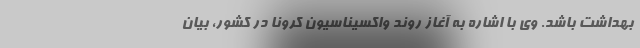
بهداشت باشد. وی با اشاره به آغاز روند واکسیناسیون کرونا در کشور، بیان